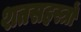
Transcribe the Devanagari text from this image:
शतसहस्त्रों